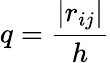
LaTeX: q=\frac{\vert r_{ij}\vert}{h}